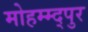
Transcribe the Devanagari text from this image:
मोहम्म्द्पुर